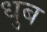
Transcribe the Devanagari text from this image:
धुब